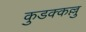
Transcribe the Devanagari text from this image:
कुडक्कल्लु